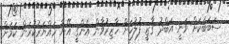
ސަބަބަކަށް ވަނީ އަބްދު ގާޒީ ފުލުހަށް ހާޒިރުވާން އެންގީ އޭނާ ހައްޔަރުކުރަން ކަމަށް